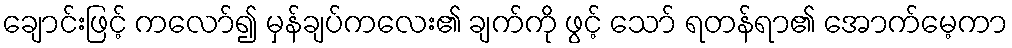
ချောင်းဖြင့် ကလော်၍ မှန်ချပ်ကလေး၏ ချက်ကို ဖွင့် သော် ရတန်ရာ၏ အောက်မေ့ကာ